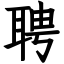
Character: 聘